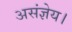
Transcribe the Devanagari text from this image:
असंज्ञेय।